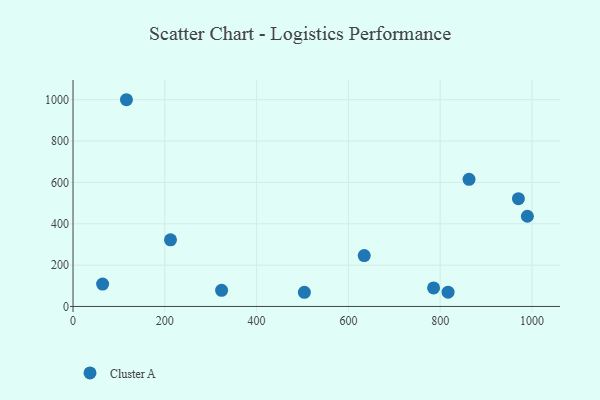
{"axis": {"x": "Experience", "y": "Exam Score"}, "legend": ["Cluster A"], "data": [{"x": "785.6", "y": 89.7, "type": "Cluster A"}, {"x": "212.4", "y": 322.4, "type": "Cluster A"}, {"x": "817.2", "y": 69.3, "type": "Cluster A"}, {"x": "116.4", "y": 999.9, "type": "Cluster A"}, {"x": "634.5", "y": 246.3, "type": "Cluster A"}, {"x": "64.5", "y": 108.2, "type": "Cluster A"}, {"x": "504.1", "y": 68.6, "type": "Cluster A"}, {"x": "862.9", "y": 615.0, "type": "Cluster A"}, {"x": "970.5", "y": 521.5, "type": "Cluster A"}, {"x": "990.0", "y": 436.3, "type": "Cluster A"}, {"x": "323.7", "y": 77.9, "type": "Cluster A"}]}